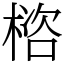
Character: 㮞